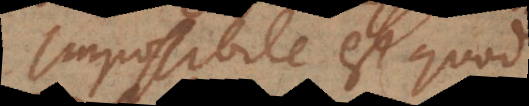
Impossibile est quod